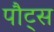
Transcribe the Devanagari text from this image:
पौट्स